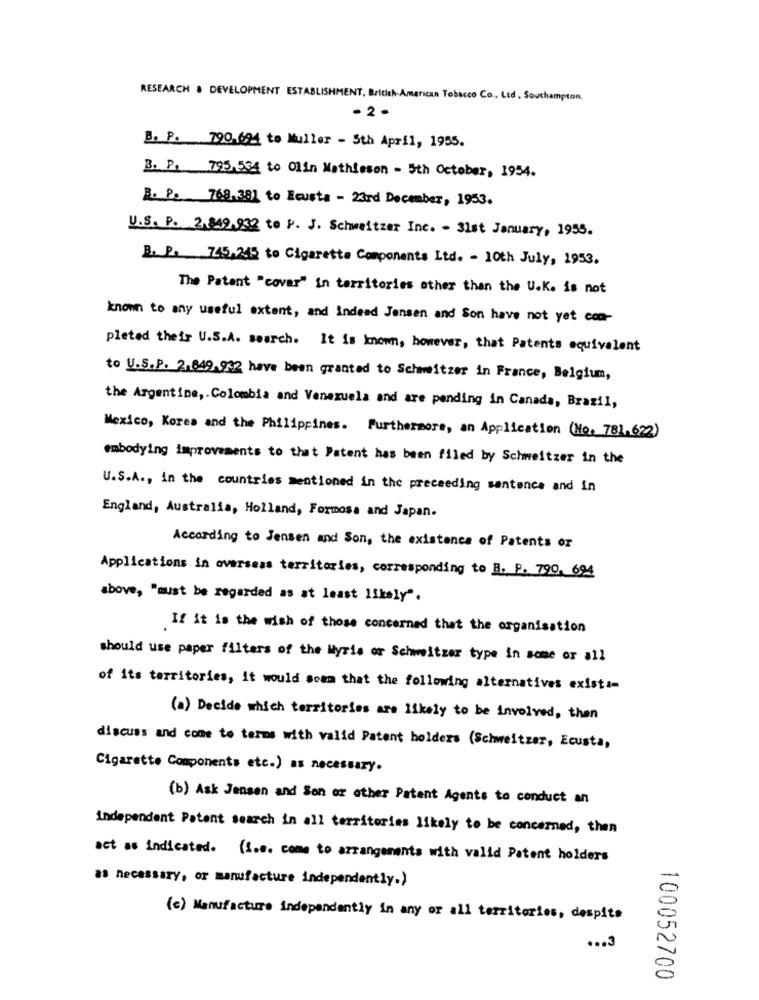
RESEARCH & DEVELOPMENT ESTABLISHMENT, Bricich-American Tobacco Co ., Ltd. Southampton,
- 2 -
B. P. 790.694 to Muller - 5th April, 1955.
B. P. 795,534 to Olin Mathieson - 5th October, 1954.
R. P. 768.381 to Beusta - 23rd December, 1953.
U.S. P. 2,849 932 to P. J. Schweitzer Inc. - 31st January, 1955.
B. P. 745.245 to Cigarette Components Ltd. - 10th July, 1953.
The Patent "cover" in territories other than the U.K. is not
known to any useful extent, and indeed Jensen and Son have not yet con-
pleted their U.S.A. search. It is known, however, that Patents equivalent
to U.S.P. 2.849.932 have been granted to Schweitzer in France, Belgium,
the Argentine ,. Colombia and Venezuela and are pending in Canada, Brazil,
Mexico, Korea and the Philippines. Furthermore, an Application (No. 781,622)
embodying improvements to that Patent has been filed by Schweitzer in the
U.S.A ., in the countries mentioned in the preceeding sentence and in
England, Australia, Holland, Formosa and Japan.
According to Jensen and Son, the existence of Patents or
Applications in overseas territories, corresponding to B. P. 790, 694
above, "must be regarded as at least likely".
If it is the wish of those concerned that the organisation
should use paper filters of the Myris or Schweitzer type in some or all
of its territories, it would seem that the following alternatives existi-
(a) Decide which territories are likely to be involved, then
discuss and come to terms with valid Patent holders (Schweitzer, Ecusta,
Cigarette Components etc.) as necessary.
(b) Ask Jensen and Son or other Patent Agents to conduct an
independent Patent search in all territories likely to be concerned, then
act as indicated. (1 ... come to arrangements with valid Patent holders
as necessary, or manufacture independently.)
(c) Manufacture independently in any or all territories, despite
... 3
100052700